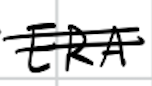
Text: ERA
Cross-out: double-line
Writing tool: digital_black